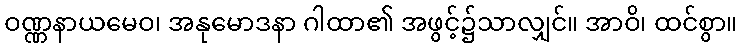
ဝဏ္ဏနာယမေဝ၊ အနုမောဒနာ ဂါထာ၏ အဖွင့်၌သာလျှင်။ အာဝိ၊ ထင်စွာ။